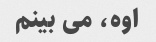
اوه، می بینم